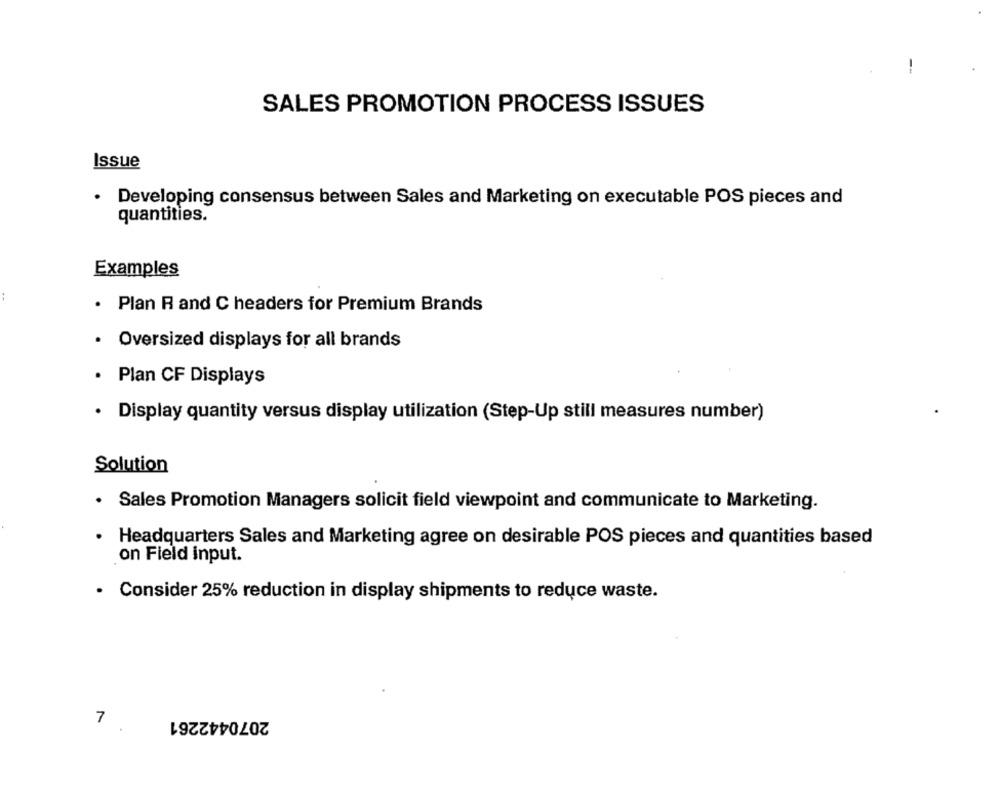
SALES PROMOTION PROCESS ISSUES
Issue
.
Developing consensus between Sales and Marketing on executable POS pieces and
quantities.
Examples
:
· Plan R and C headers for Premium Brands
· Oversized displays for all brands
. Plan CF Displays
· Display quantity versus display utilization (Step-Up still measures number)
Solution
Sales Promotion Managers solicit field viewpoint and communicate to Marketing.
Headquarters Sales and Marketing agree on desirable POS pieces and quantities based
on Field input.
· Consider 25% reduction in display shipments to reduce waste.
2070442261
7